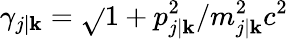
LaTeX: \gamma_{j\vert\mathbf{k}}=\sqrt{}{{1+p_{j\vert\mathbf{k}}^{2}/m_{j\vert\mathbf{k}}^{2}c^{2}}}